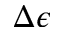
\Delta \epsilon